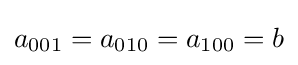
a_{001}=a_{010}=a_{100}=b